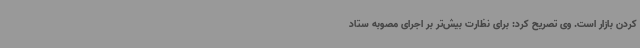
کردن بازار است. وی تصریح کرد: برای نظارت بیش‌تر بر اجرای مصوبه ستاد